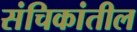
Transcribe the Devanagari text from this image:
संचिकांतील